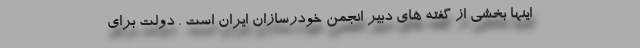
اینها بخشی از گفته های دبیر انجمن خودرسازان ایران است . دولت برای